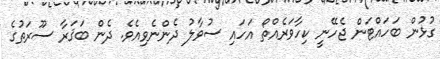
ގުޅުން ބަހައްޓަން ޖެހޭނީ ކިހާވަރެއްތޯ އަހައި ސުވާލު ދެންނެވިއެވެ. ދެން ބަޤަރާ ސޫރަތުގެ